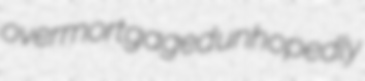
overmortgaged unhopedly